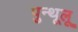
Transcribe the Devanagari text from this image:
पुन्थूलू